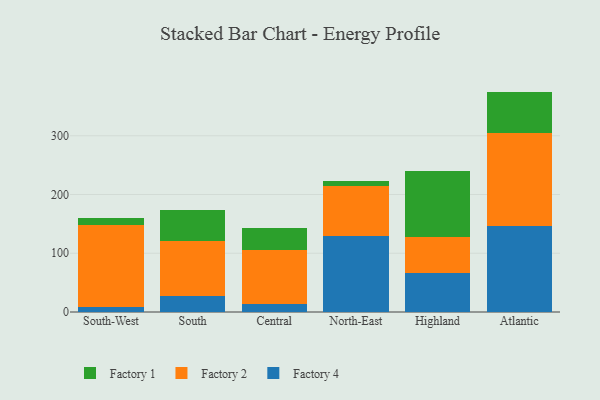
{"axis": {"x": "Region", "y": "Customer Acquisition Cost (USD)"}, "legend": ["Factory 1", "Factory 2", "Factory 4"], "data": [{"x": "South-West", "y": 8.5, "type": "Factory 4"}, {"x": "South-West", "y": 140.3, "type": "Factory 2"}, {"x": "South-West", "y": 11.0, "type": "Factory 1"}, {"x": "South", "y": 26.8, "type": "Factory 4"}, {"x": "South", "y": 94.9, "type": "Factory 2"}, {"x": "South", "y": 52.3, "type": "Factory 1"}, {"x": "Central", "y": 13.1, "type": "Factory 4"}, {"x": "Central", "y": 93.3, "type": "Factory 2"}, {"x": "Central", "y": 37.0, "type": "Factory 1"}, {"x": "North-East", "y": 129.1, "type": "Factory 4"}, {"x": "North-East", "y": 85.4, "type": "Factory 2"}, {"x": "North-East", "y": 9.1, "type": "Factory 1"}, {"x": "Highland", "y": 66.2, "type": "Factory 4"}, {"x": "Highland", "y": 62.2, "type": "Factory 2"}, {"x": "Highland", "y": 110.8, "type": "Factory 1"}, {"x": "Atlantic", "y": 146.7, "type": "Factory 4"}, {"x": "Atlantic", "y": 158.8, "type": "Factory 2"}, {"x": "Atlantic", "y": 69.7, "type": "Factory 1"}]}